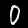
Digit: 0